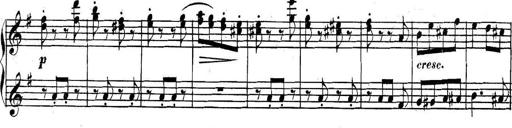
Title: Collected Piano Sonatas
Composer: Muzio Clementi